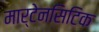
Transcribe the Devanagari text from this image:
मार्टेनसिटिक